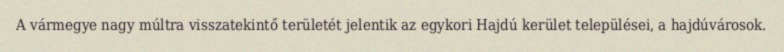
A vármegye nagy múltra visszatekintő területét jelentik az egykori Hajdú kerület települései, a hajdúvárosok.